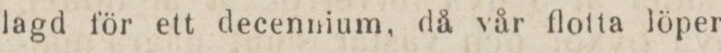
lagd för ett decennium, då vår flotta löper